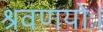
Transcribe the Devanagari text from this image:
श्रवणयोः।